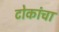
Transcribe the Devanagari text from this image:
टोकांचा